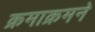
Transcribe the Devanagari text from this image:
क्रमाक्रमने